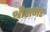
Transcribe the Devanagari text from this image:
श्रीसमर